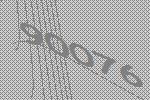
90076